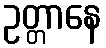
ဥတ္တာနေ